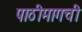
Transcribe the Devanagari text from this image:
पाठीमागची